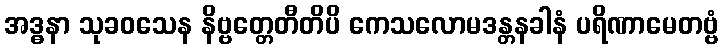
အဒ္ဓနာ သုခဝသေန နိဗ္ဗတ္တေတီတိပိ ကေသလောမဒန္တနခါနံ ပရိဏာမေတဗ္ဗံ